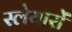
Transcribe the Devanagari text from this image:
स्लेयारों